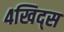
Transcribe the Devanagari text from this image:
४खिद्स